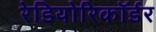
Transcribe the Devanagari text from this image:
रेडियोरिकॉर्डर